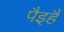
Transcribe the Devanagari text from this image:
पैइहैं